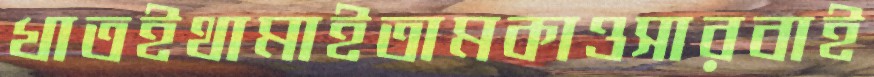
খাতইথামাইতামকাওসারবাই